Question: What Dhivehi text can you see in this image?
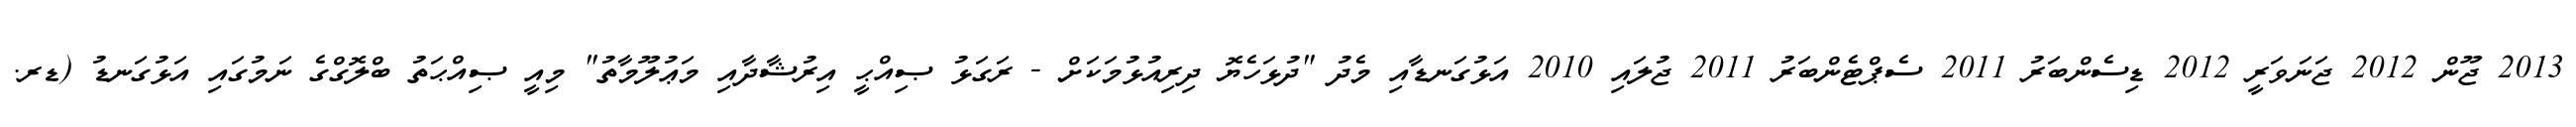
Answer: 2013 ޖޫން 2012 ޖަނަވަރީ 2012 ޑިސެންބަރު 2011 ސެޕްޓެންބަރު 2011 ޖުލައި 2010 އަޅުގަނޑާއި މެދު "ދުޅަހެޔޮ ދިރިއުޅުމަކަށް - ރަގަޅު ޞިއްޙީ އިރުޝާދާއި މަޢުލޫމާތު" މިއީ ޞިއްޙަތު ބްލޮގްގެ ނަމުގައި އަޅުގަނޑު (ޑރ.